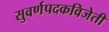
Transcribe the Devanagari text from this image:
सुवर्णपदकविजेती